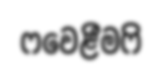
ෆවෙළීමෆි